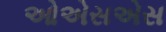
ઓએસએસ